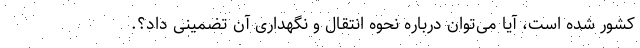
کشور شده است، آیا می‌توان درباره نحوه انتقال و نگهداری آن تضمینی داد؟.